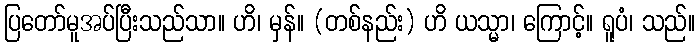
ပြတော်မူအပ်ပြီးသည်သာ။ ဟိ၊ မှန်။ (တစ်နည်း) ဟိ ယသ္မာ၊ ကြောင့်။ ရူပံ၊ သည်။